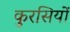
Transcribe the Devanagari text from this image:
कुरसियों